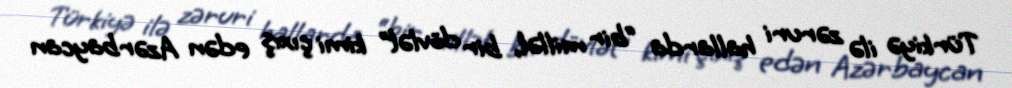
Türkiyə ilə zəruri hallarda “bir millət, bir dövlət” kimi çıxış edən Azərbaycan